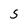
Character: 5